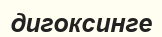
дигоксинге